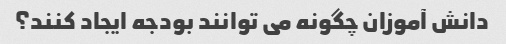
دانش آموزان چگونه می توانند بودجه ایجاد کنند؟